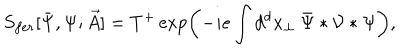
S _ { f e r } [ \bar { \Psi } , \Psi ; \vec { A } ] = T ^ { + } \exp \left( - i e \int d ^ { d } x _ { \perp } \ \bar { \Psi } \ast { \cal V } \ast \Psi \right) ,